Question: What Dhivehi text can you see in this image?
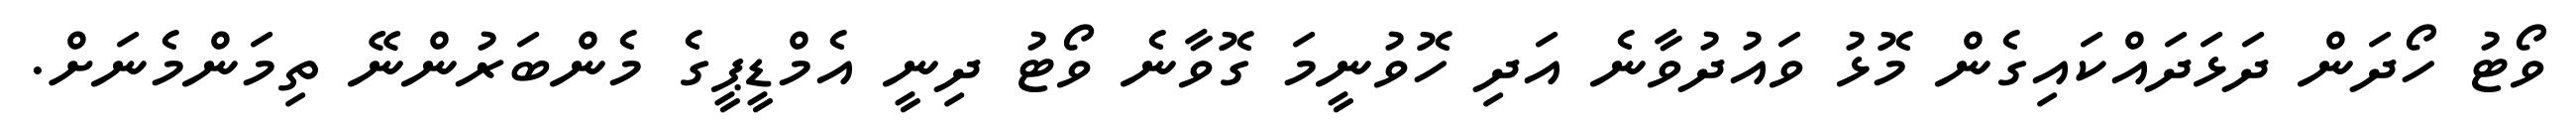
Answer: ވޯޓު ހޯދަން ދަޅަދައްކައިގެން މޮޅު ވައުދުވާނެ އަދި ހޮވުނީމަ ގޮވާނެ ވޯޓު ދިނީ އެމްޑީޕީގެ މެންބަރުންނޭ ތިމަންމެނަށް.